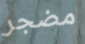
مضجر